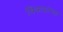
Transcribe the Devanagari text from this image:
विकलांग्‍ता